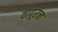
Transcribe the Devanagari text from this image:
वापूरन